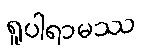
ရူပါရာမဿ